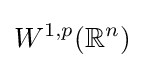
W^{1,p}(\mathbb {R} ^{n})